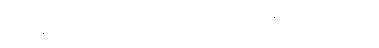
သိမ့်ခနဲ တုန်လှုပ်သွား၍ ဦးခေါင်းထဲမှာ မိုက်ခနဲဖြစ်သွားပါသည်။